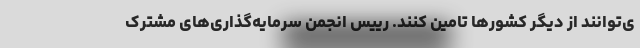
ی‌توانند از دیگر کشورها تامین کنند. رییس انجمن سرمایه‌گذاری‌های مشترک